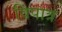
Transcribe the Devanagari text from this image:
विपात्र